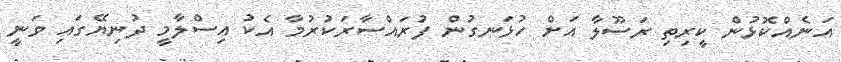
އަނެއްކޮޅުން ކީރިތި ރަސޫލާ އަށް ހުޅަނގުން ފުރައްސާރަކުރުމާ އެކު އިސްލާމީ ދުނިޔޭގައި ވަނީ